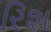
રિશ